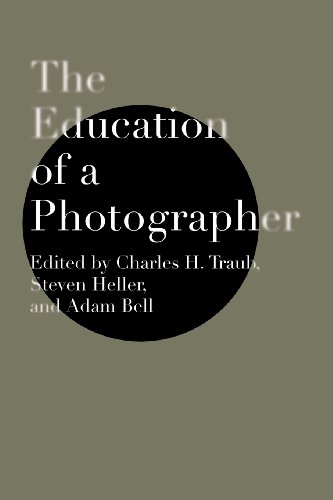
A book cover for The Education of a Photographer; Charles H. Traub; Arts & Photography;